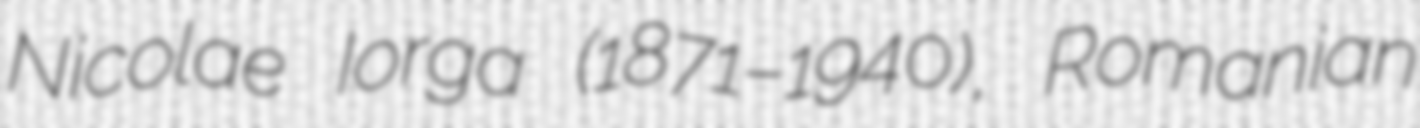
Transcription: Nicolae Iorga (1871–1940), Romanian